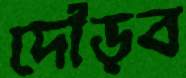
দৌড়ব